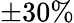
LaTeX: \pm 30\%